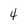
Character: 4